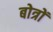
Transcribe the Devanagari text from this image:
बोत्रों